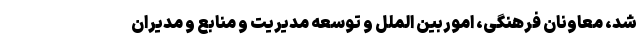
شد، معاونان فرهنگی، اموربین الملل و توسعه مدیریت و منابع و مدیران